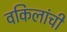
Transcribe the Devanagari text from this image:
वकिलांची